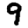
Digit: 9